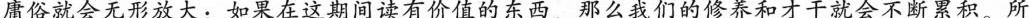
庸俗就会无形放大；如果在这期间读有价值的东西，那么我们的修养和才干就会不断累积。所